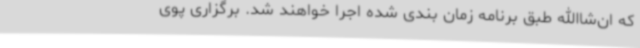
که ان‌شاالله طبق برنامه زمان بندی شده اجرا خواهند شد. برگزاری پوی